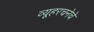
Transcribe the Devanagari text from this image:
व्यूहरचनेचे